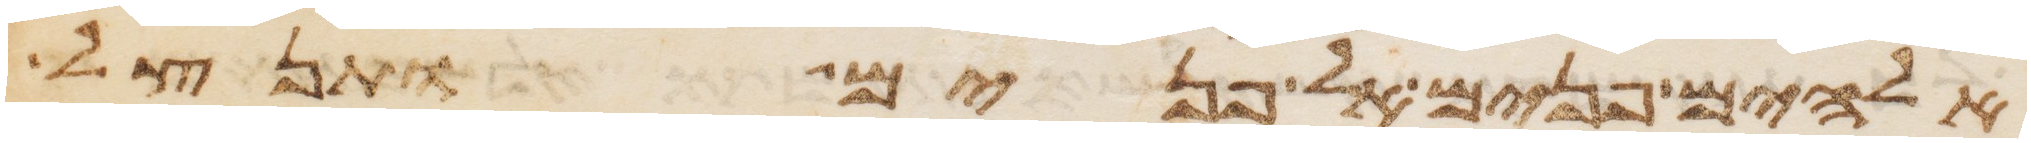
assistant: אלהים פנים אל פנים ותנצל